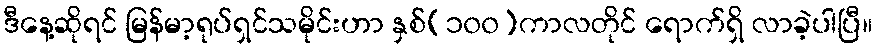
ဒီနေ့ဆိုရင် မြန်မာ့ရုပ်ရှင်သမိုင်းဟာ နှစ်(၁၀၀)ကာလတိုင် ရောက်ရှိ လာခဲ့ပါပြီ။